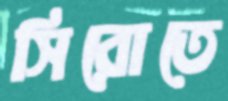
সিরোতে